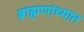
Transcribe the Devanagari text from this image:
ब्राह्मणांच्यात